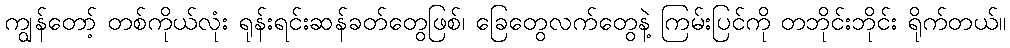
ကျွန်တော့် တစ်ကိုယ်လုံး ရုန်းရင်းဆန်ခတ်တွေဖြစ်၊ ခြေတွေလက်တွေနဲ့ ကြမ်းပြင်ကို တဘိုင်းဘိုင်း ရိုက်တယ်။